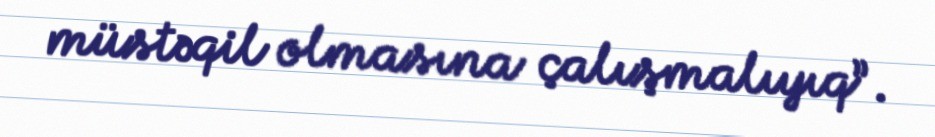
müstəqil olmasına çalışmalıyıq”.